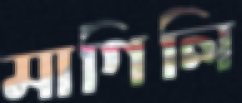
মাগিলি